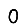
Digit: 0